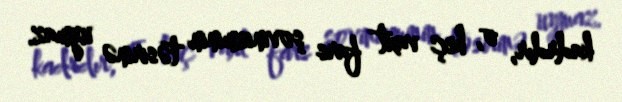
kadrdır, o, heç vaxt fars şovinizminin təsirinə uymaz.